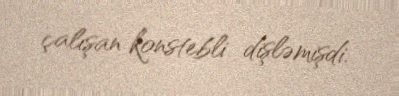
çalışan konstebli dişləmişdi.